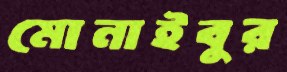
মোনাইবুর